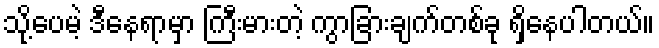
သို့ပေမဲ့ ဒီနေရာမှာ ကြီးမားတဲ့ ကွာခြားချက်တစ်ခု ရှိနေပါတယ်။